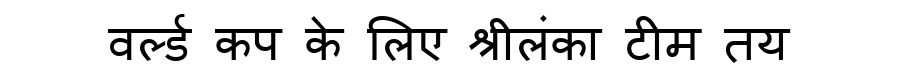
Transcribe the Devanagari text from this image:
वर्ल्ड कप के लिए श्रीलंका टीम तय